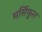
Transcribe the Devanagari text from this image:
मर्सिफुल